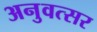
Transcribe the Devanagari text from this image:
अनुवत्सर